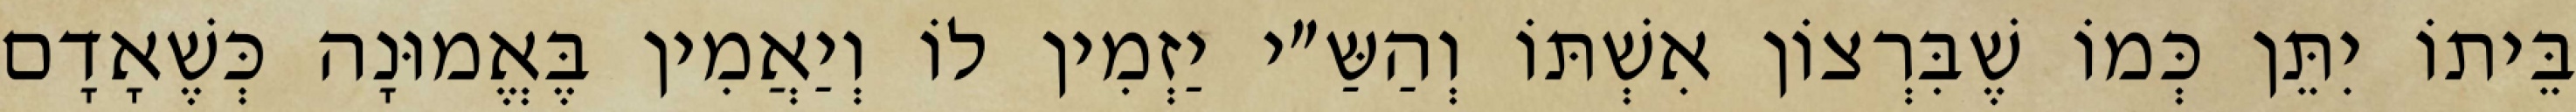
בֵּיתוֹ יִתֵּן כְּמוֹ שֶׁבִּרְצוֹן אִשְׁתּוֹ וְהַשַּ״י יַזְמִין לוֹ וְיַאֲמִין בֶּאֱמוּנָה כְּשֶׁאָדָם